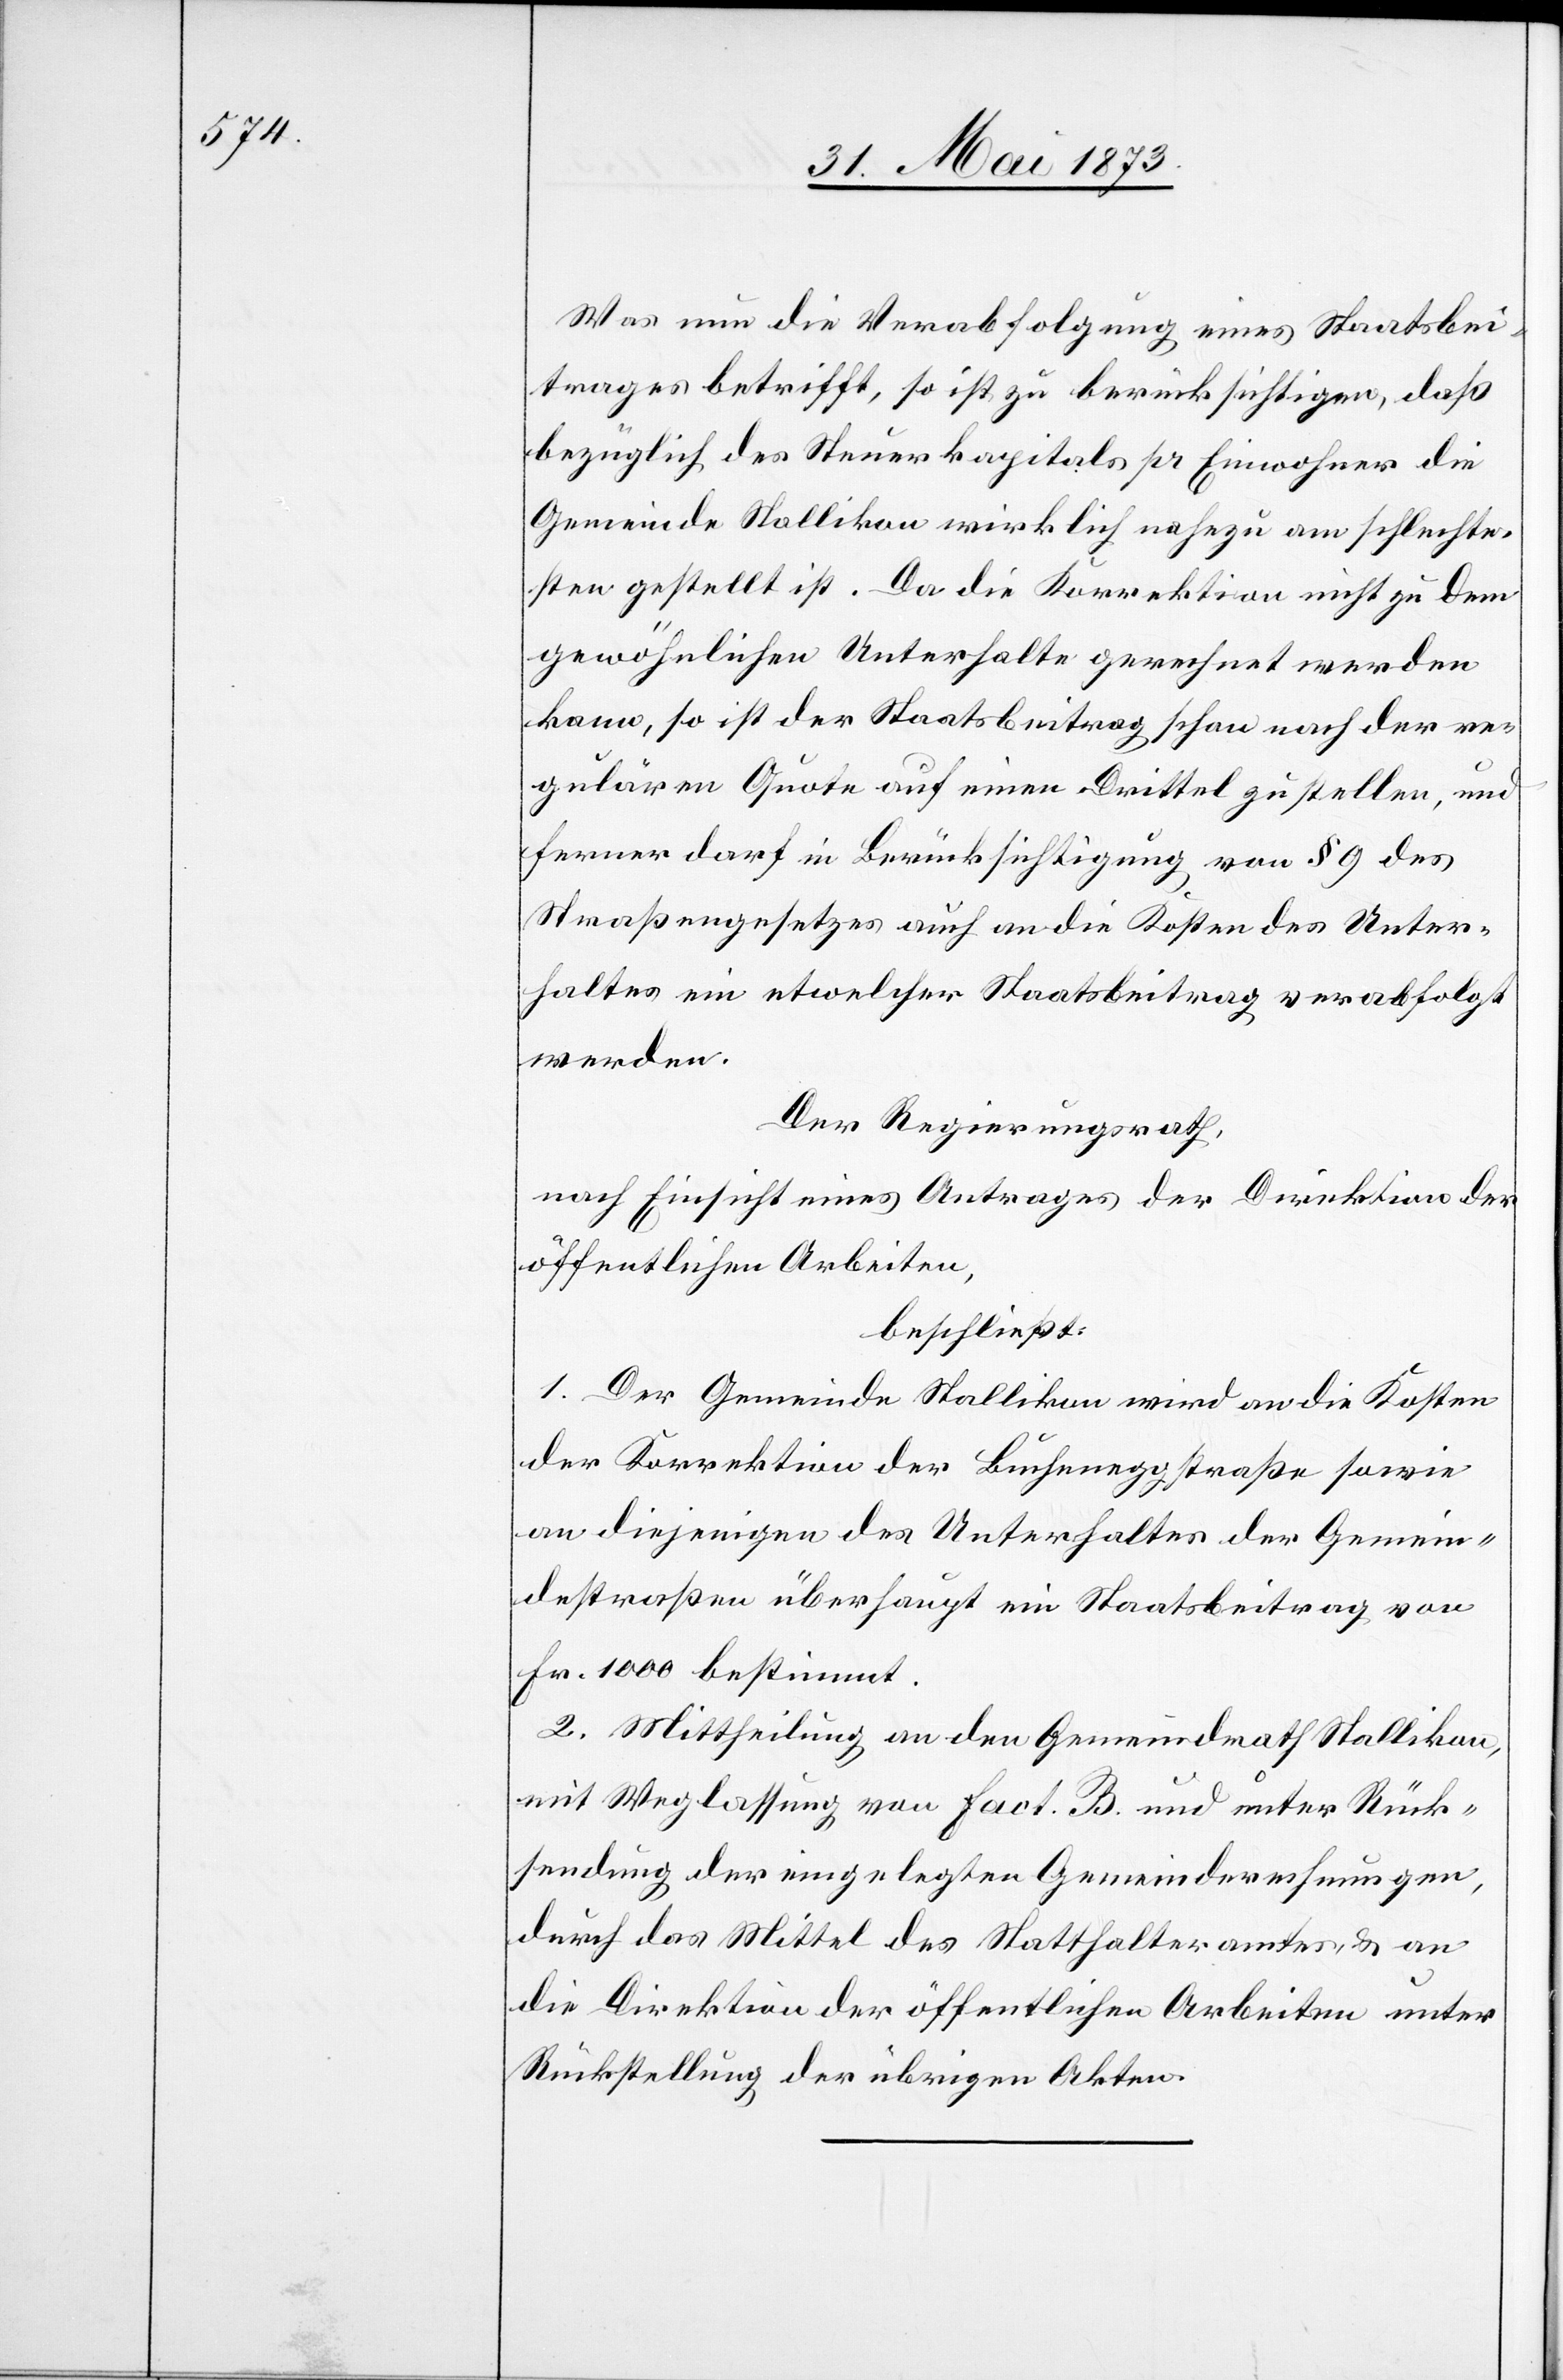
Was nun die Verabfolgung eines Staatsbei¬
trages betrifft, so ist zu berücksichtigen, daß
bezüglich des Steuerkapitals pr Einwohner die
Gemeinde Stallikon wirklich nahezu am schlechte¬
sten gestellt ist. Da die Korrektion nicht zu dem
gewöhnlichen Unterhalte gerechnet werden
kann, so ist der Staatsbeitrag schon nach der re¬
gulären Quote auf einen Drittel zu stellen, und
ferner darf in Berücksichtigung von § 9 des
Straßengesetzes auch an die Kosten des Unter¬
haltes ein etwelcher Staatsbeitrag verabfolgt
werden.
Der Regierungsrath,
nach Einsicht eines Antrages der Direktion der
öffentlichen Arbeiten,
beschließt:
1. Der Gemeinde Stallikon wird an die Kosten
der Korrektion der Bucheneggstraße sowie
an diejenigen des Unterhaltes der Gemein¬
destraßen überhaupt ein Staatsbeitrag von
Fr. 1 000 bestimmt.
2. Mittheilung an den Gemeindrath Stallikon,
mit Weglassung von Fact. B. und unter Rück¬
sendung der eingelegten Gemeinderechnungen,
durch das Mittel des Statthalteramtes & an
die Direktion der öffentlichen Arbeiten unter
Rückstellung der übrigen Akten.